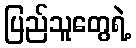
ပြည်သူတွေရဲ့